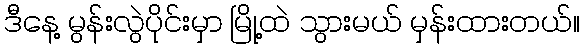
ဒီနေ့ မွန်းလွဲပိုင်းမှာ မြို့ထဲ သွားမယ် မှန်းထားတယ်။